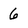
Character: 6